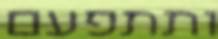
ותתפעם